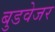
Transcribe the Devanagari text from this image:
बुडवेजर